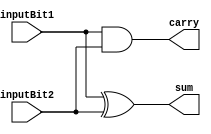
//Siddharth Singh and Chaitany Pandiya
//17CO146
//Hello World program using Verilog
//14 October 2018
module halfAdder(
inputBit1,
inputBit2,
sum,
carry
);
input inputBit1,inputBit2;
output sum,carry;
assign sum=inputBit1^inputBit2;
assign carry=inputBit1&inputBit2;
endmodule